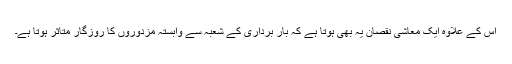
اس کے علاوہ ایک معاشی نقصان یہ بھی ہوتا ہے کہ بار برداری کے شعبہ سے وابستہ مزدوروں کا روزگار متاثر ہوتا ہے۔